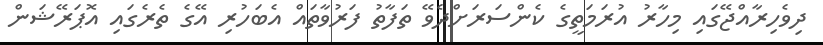
ދިވެހިރާއްޖޭގައި މިހާރު އުރަމަތީގެ ކެންސަރަށްދެވޭ ތަފާތު ފަރުވާތައް އެބަހުރި އޭގެ ތެރެގައި އޮޕަރޭޝަން